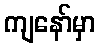
ကျနော်မှာ